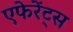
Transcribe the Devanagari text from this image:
एफेरेंट्स